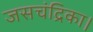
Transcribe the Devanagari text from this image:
जसचंद्रिका।